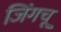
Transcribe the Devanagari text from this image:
जिंगचू